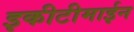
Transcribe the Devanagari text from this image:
इकीटीमाईन